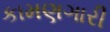
કામણગારી